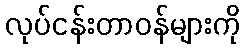
လုပ်ငန်းတာဝန်များကို